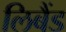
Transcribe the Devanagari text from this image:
लिबैंड